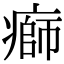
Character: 𤹌